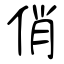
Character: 俏